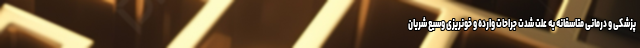
پزشکی و درمانی متاسفانه به علت شدت جراحات وارده و خونریزی وسیع شریان